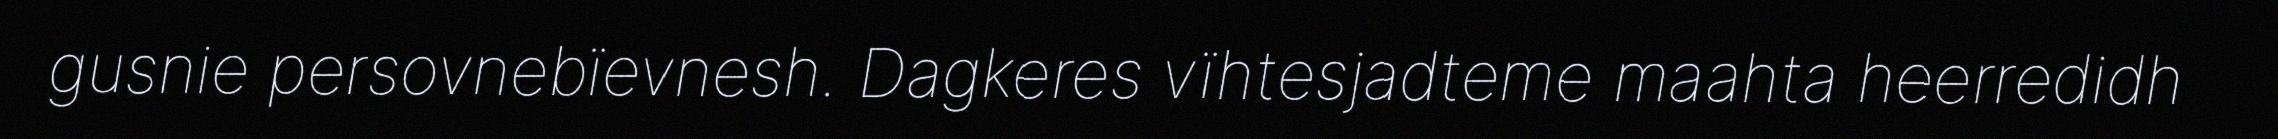
gusnie persovnebïevnesh. Dagkeres vïhtesjadteme maahta heerredidh